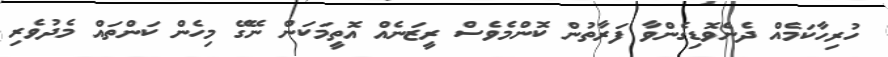
ހުރިހާކަމެއް ދެނެވޮޑިގެންވާ ފަރާތުން ކޮންމެވެސް ރީޒަނެއް އޮތީމަކަން ނޭގޭ މިހެން ކަންތައް މެދުވެރި